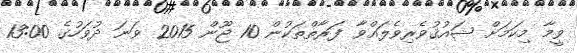
ވީމާ މިކަމަށް ޝައުޤުވެރިވެލައްވާ ފަރާތްތަކުން 10 ޖޫން 2015 ވަނަ ދުވަހުގެ 13:00